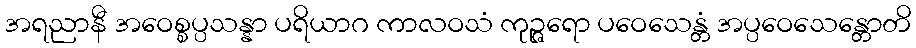
အရညာနီ အဝေစ္စပ္ပသန္နာ ပရိယာဂ ကာလဝသံ ကုဉ္ဇရော ပဝေသေန္တံ အပ္ပဝေသေန္တောတိ